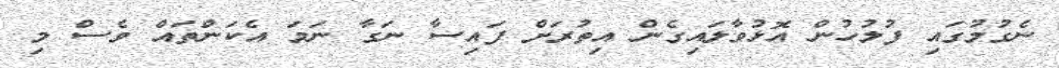
ނެގުމުގައި ފުލުހުން އޮޅުވާލައިގެން އިތުރަށް ފައިސާ ނަގާ ނަމަ އެކަންތައް ވެސް މި